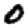
Digit: 0